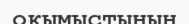
оқымыстының